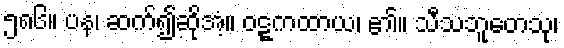
၅၈၆။ ပန၊ ဆက်၍ဆိုအံ့။ ဝဋ္ဋကထာယ၊ ၏။ သီသဘူတေသု၊